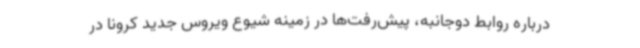
درباره روابط دوجانبه، پیش‌رفت‌ها در زمینه شیوع ویروس جدید کرونا در